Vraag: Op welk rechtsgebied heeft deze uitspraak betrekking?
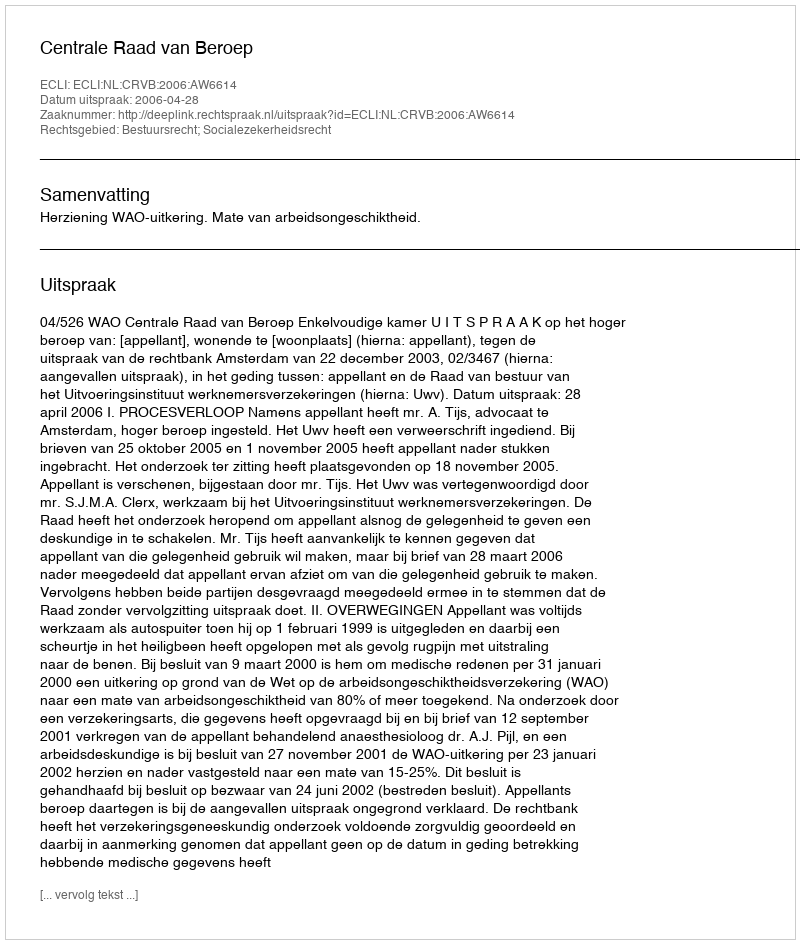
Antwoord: Bestuursrecht; Socialezekerheidsrecht